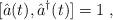
LaTeX: \begin{align*}[\hat{a}(t),\hat{a}^\dag(t)]=1 \;,\end{align*}